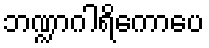
ဘဏ္ဍာဂါရိကောပေ